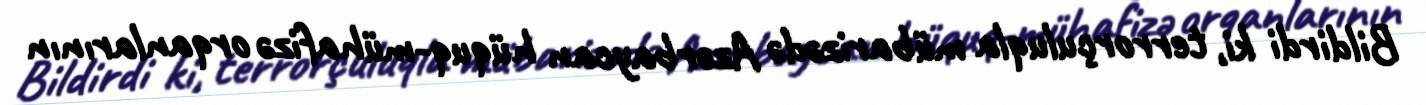
Bildirdi ki, terrorçuluqla mübarizədə Azərbaycan hüquq-mühafizə orqanlarının